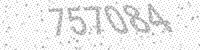
Solution: 757084